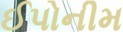
ઈપોનીમ